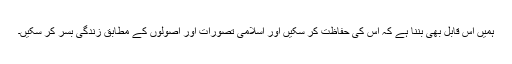
ہمیں اس قابل بھی بننا ہے کہ اس کی حفاظت کر سکیں اور اسلامی تصورات اور اصولوں کے مطابق زندگی بسر کر سکیں۔